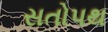
સતોપથ